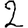
Digit: 2